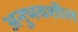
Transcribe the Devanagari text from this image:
अनुभवशील